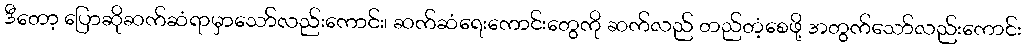
ဒီတော့ ပြောဆိုဆက်ဆံရာမှာသော်လည်းကောင်း၊ ဆက်ဆံရေးကောင်းတွေကို ဆက်လည် တည်တံ့စေဖို့ အတွက်သော်လည်းကောင်း